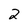
Character: 2